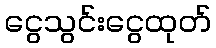
ငွေသွင်းငွေထုတ်